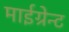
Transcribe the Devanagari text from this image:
माईग्रेन्ट